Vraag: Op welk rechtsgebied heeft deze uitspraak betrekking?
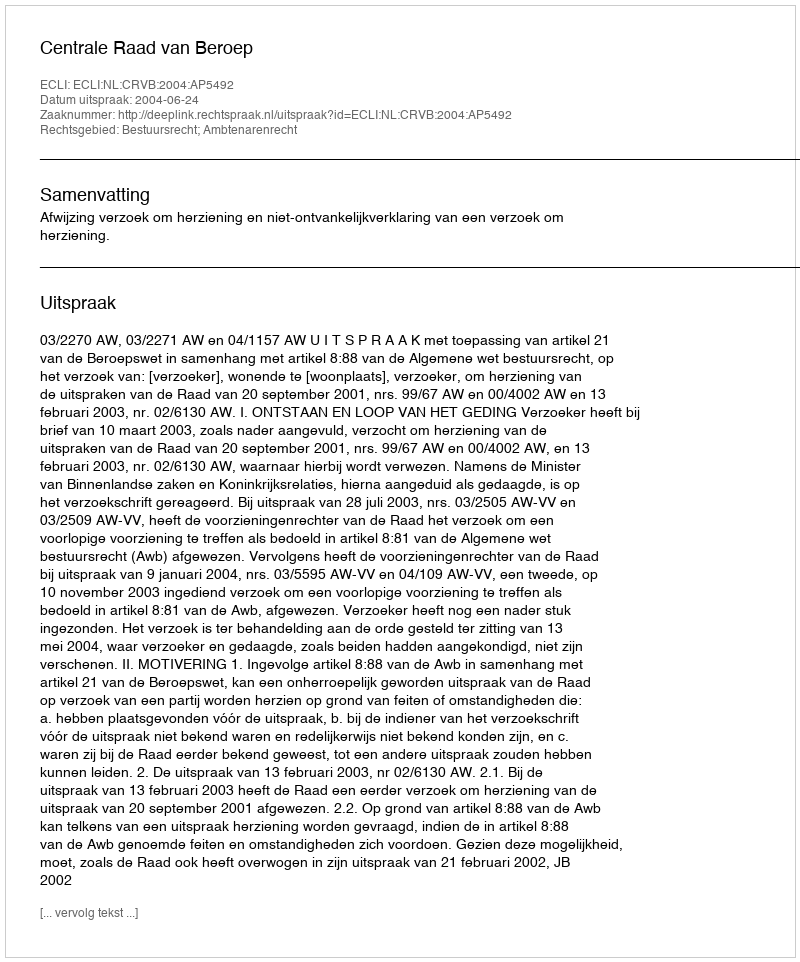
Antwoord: Bestuursrecht; Ambtenarenrecht